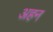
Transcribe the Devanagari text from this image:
अहन